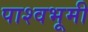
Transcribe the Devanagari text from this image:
पाश्वभूमी